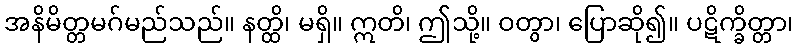
အနိမိတ္တမဂ်မည်သည်။ နတ္ထိ၊ မရှိ။ ဣတိ၊ ဤသို့။ ဝတွာ၊ ပြောဆို၍။ ပဋိက္ခိတ္တာ၊